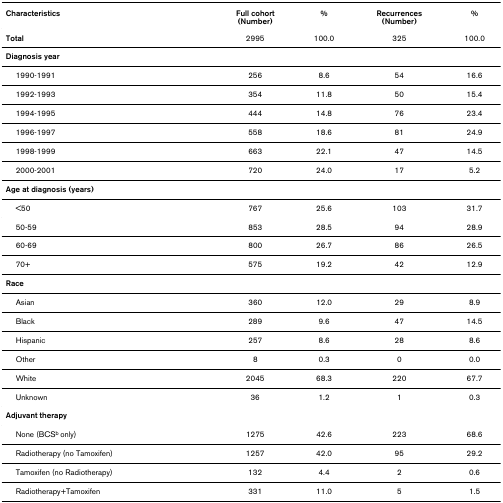
<table><thead><tr><td><b>Characteristics</b></td><td><b>Full cohort(Number)</b></td><td><b>%</b></td><td><b>Recurrences(Number)</b></td><td><b>%</b></td></tr></thead><tbody><tr><td><b>Total</b></td><td>2995</td><td>100.0</td><td>325</td><td>100.0</td></tr><tr><td><b>Diagnosis year</b></td><td></td><td></td><td></td><td></td></tr><tr><td> 1990-1991</td><td>256</td><td>8.6</td><td>54</td><td>16.6</td></tr><tr><td> 1992-1993</td><td>354</td><td>11.8</td><td>50</td><td>15.4</td></tr><tr><td> 1994-1995</td><td>444</td><td>14.8</td><td>76</td><td>23.4</td></tr><tr><td> 1996-1997</td><td>558</td><td>18.6</td><td>81</td><td>24.9</td></tr><tr><td> 1998-1999</td><td>663</td><td>22.1</td><td>47</td><td>14.5</td></tr><tr><td> 2000-2001</td><td>720</td><td>24.0</td><td>17</td><td>5.2</td></tr><tr><td><b>Age at diagnosis (years)</b></td><td></td><td></td><td></td><td></td></tr><tr><td> &lt;50</td><td>767</td><td>25.6</td><td>103</td><td>31.7</td></tr><tr><td> 50-59</td><td>853</td><td>28.5</td><td>94</td><td>28.9</td></tr><tr><td> 60-69</td><td>800</td><td>26.7</td><td>86</td><td>26.5</td></tr><tr><td> 70+</td><td>575</td><td>19.2</td><td>42</td><td>12.9</td></tr><tr><td><b>Race</b></td><td></td><td></td><td></td><td></td></tr><tr><td> Asian</td><td>360</td><td>12.0</td><td>29</td><td>8.9</td></tr><tr><td> Black</td><td>289</td><td>9.6</td><td>47</td><td>14.5</td></tr><tr><td> Hispanic</td><td>257</td><td>8.6</td><td>28</td><td>8.6</td></tr><tr><td> Other</td><td>8</td><td>0.3</td><td>0</td><td>0.0</td></tr><tr><td> White</td><td>2045</td><td>68.3</td><td>220</td><td>67.7</td></tr><tr><td> Unknown</td><td>36</td><td>1.2</td><td>1</td><td>0.3</td></tr><tr><td><b>Adjuvant therapy</b></td><td></td><td></td><td></td><td></td></tr><tr><td> None (BCS<sup>b </sup>only)</td><td>1275</td><td>42.6</td><td>223</td><td>68.6</td></tr><tr><td> Radiotherapy (no Tamoxifen)</td><td>1257</td><td>42.0</td><td>95</td><td>29.2</td></tr><tr><td> Tamoxifen (no Radiotherapy)</td><td>132</td><td>4.4</td><td>2</td><td>0.6</td></tr><tr><td> Radiotherapy+Tamoxifen</td><td>331</td><td>11.0</td><td>5</td><td>1.5</td></tr></tbody></table>